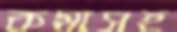
কমাসহ